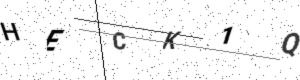
Text: HECK1Q